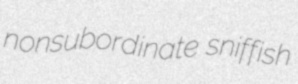
nonsubordinate sniffish